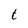
Character: t